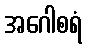
အဂေါစရံ